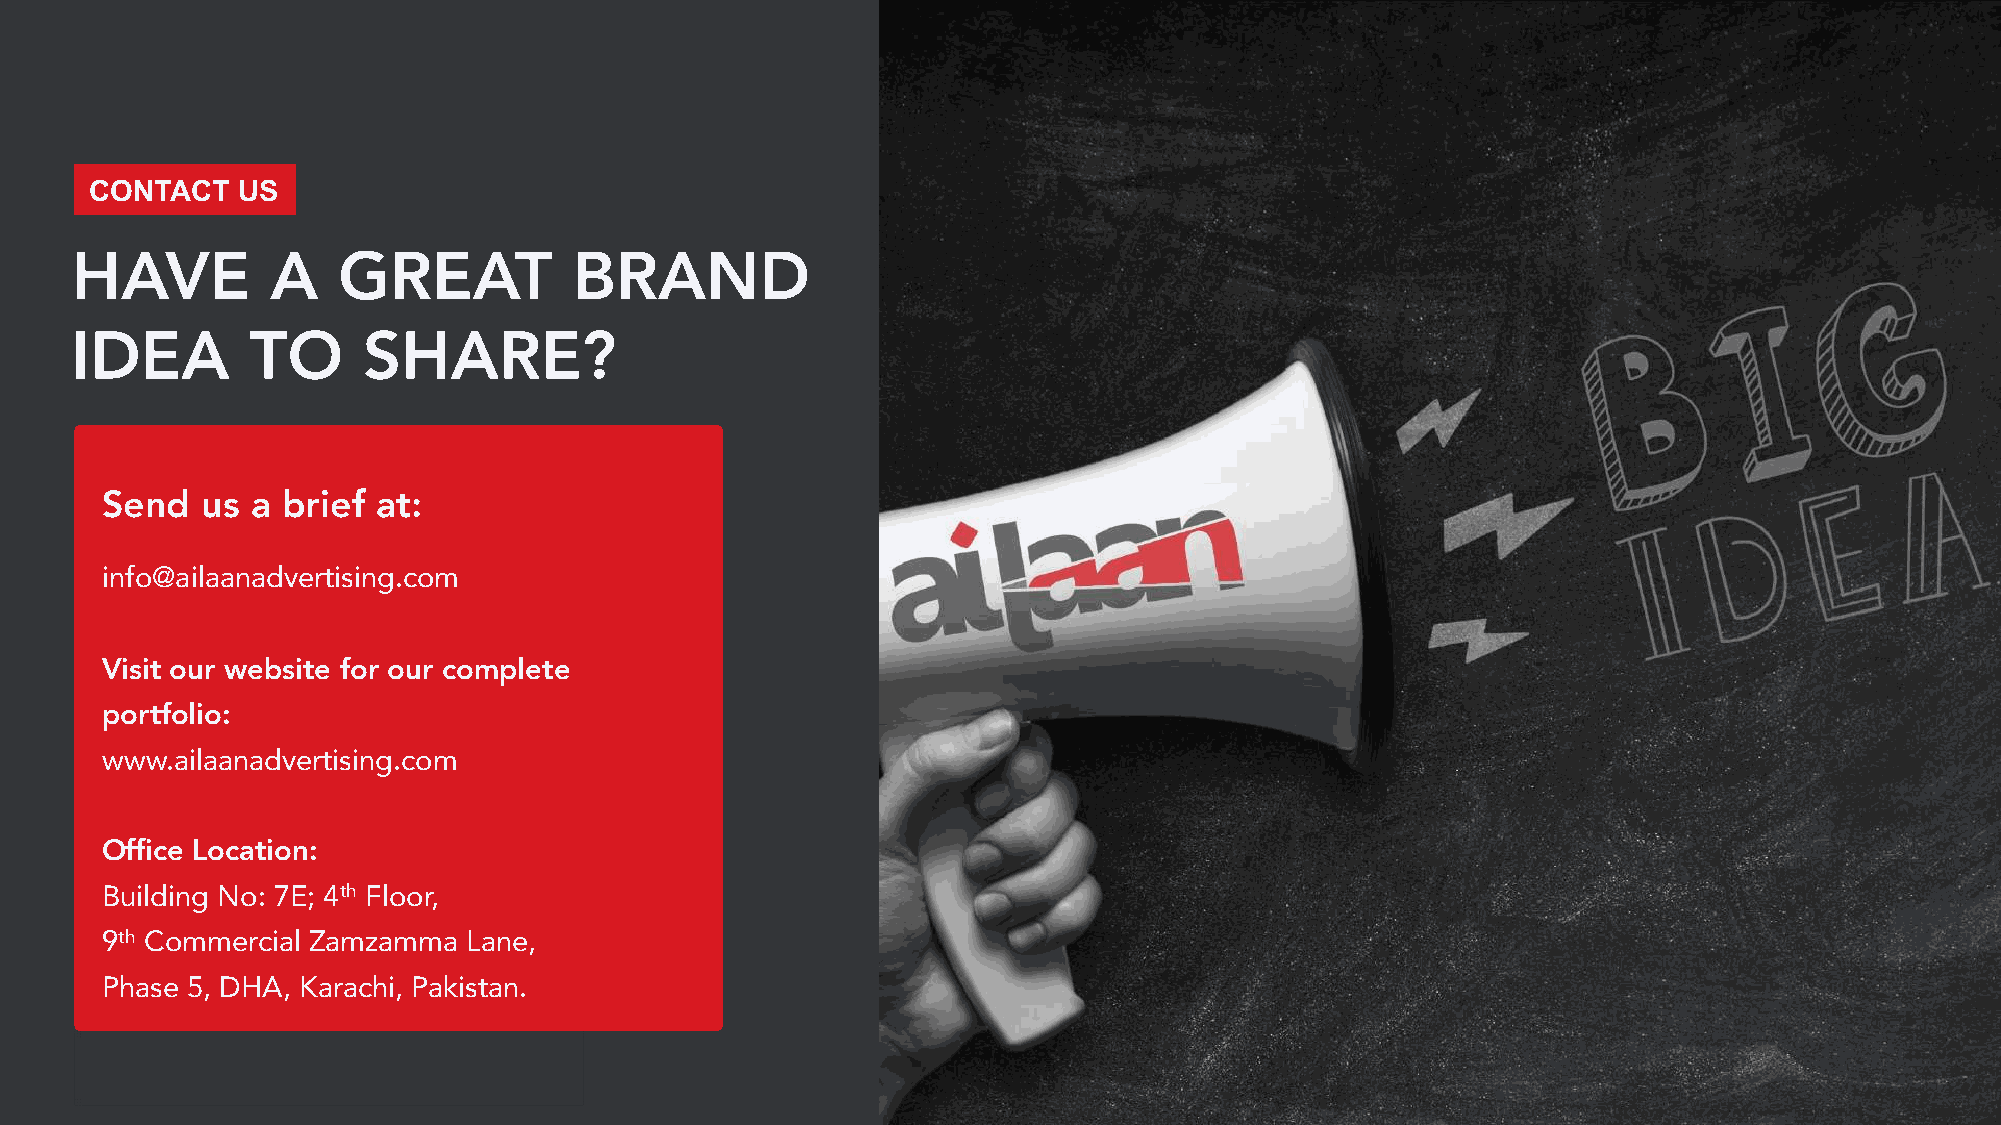
CONTACT   US
 HAVE         A   GREAT           BRAND
 IDEA       TO      SHARE?
 Send  us  a brief at:
 info@ailaanadvertising.com
 Visit our website for our complete
 portfolio:
 www.ailaanadvertising.com
 Office Location:
 Building No: 7E; 4th Floor,
 9th Commercial Zamzamma Lane,
 Phase 5, DHA, Karachi, Pakistan.
 THE BUXE Company